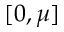
[ 0 , \mu ]